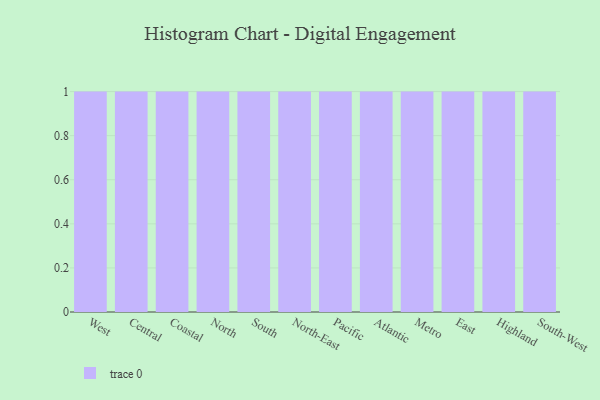
{"axis": {"x": "Region", "y": "Temperature (°C)"}, "legend": [""], "data": [{"x": "West", "y": 70, "type": ""}, {"x": "Central", "y": 41, "type": ""}, {"x": "Coastal", "y": 40, "type": ""}, {"x": "North", "y": 61, "type": ""}, {"x": "South", "y": 60, "type": ""}, {"x": "North-East", "y": 8, "type": ""}, {"x": "Pacific", "y": 60, "type": ""}, {"x": "Atlantic", "y": 67, "type": ""}, {"x": "Metro", "y": 58, "type": ""}, {"x": "East", "y": 65, "type": ""}, {"x": "Highland", "y": 20, "type": ""}, {"x": "South-West", "y": 19, "type": ""}]}